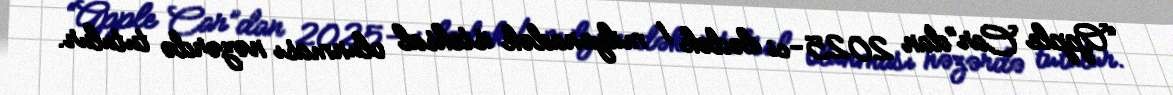
“Apple Car”dan 2025-ci ilədək 1 milyonadək istehsal olunması nəzərdə tutulur.